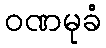
ဝဏမုခံ